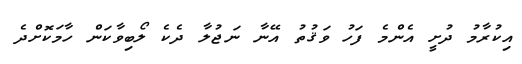
އިކުރާމު ދުށީ އެންމެ ފަހު ވަޤުތު އޭނާ ނަޖުލާ ދެކެ ލޯބިވާކަން ހާމަކޮށްދެ